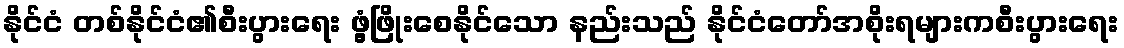
နိုင်ငံ တစ်နိုင်ငံ၏စီးပွားရေး ဖွံ့ဖြိုးစေနိုင်သော နည်းသည် နိုင်ငံတော်အစိုးရများကစီးပွားရေး